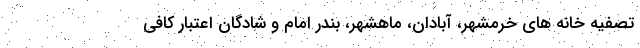
تصفیه خانه های خرمشهر، آبادان، ماهشهر، بندر امام و شادگان اعتبار کافی